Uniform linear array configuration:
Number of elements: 12
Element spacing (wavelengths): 0.5
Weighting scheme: hann
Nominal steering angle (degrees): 45
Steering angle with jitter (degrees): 43.891
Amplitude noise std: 0.05
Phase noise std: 0.05

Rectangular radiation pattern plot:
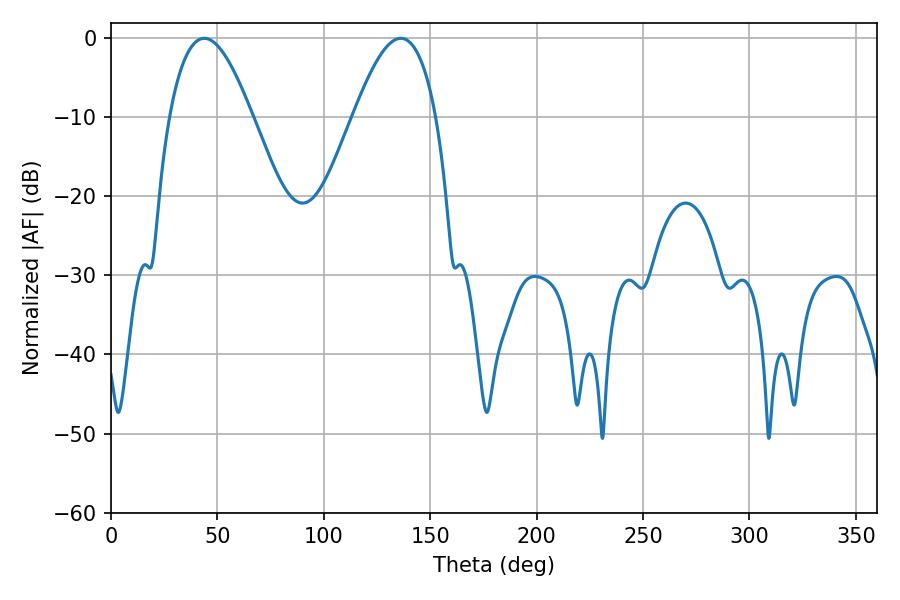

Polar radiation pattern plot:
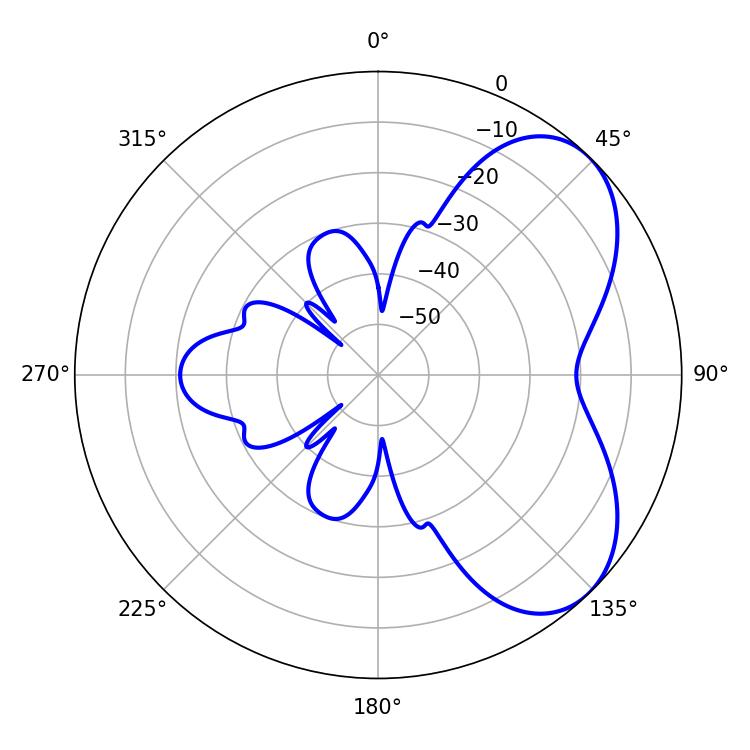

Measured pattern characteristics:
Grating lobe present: FALSE
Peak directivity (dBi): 5.461
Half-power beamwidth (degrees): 21.24
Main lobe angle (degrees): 43.74